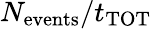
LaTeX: N_{\mathrm{events}}/t_{\mathrm{TOT}}